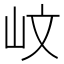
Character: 㞶